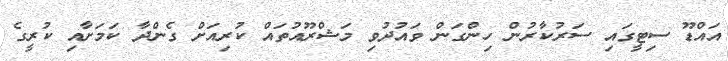
އައްޑޫ ސިޓީގައި ސަރުކާރުން ހިންގަން ވައުދުވި މަޝްރޫއުތައް ކުރިއަށް ގެންދާ ކަމަށާއި ކުރީގެ